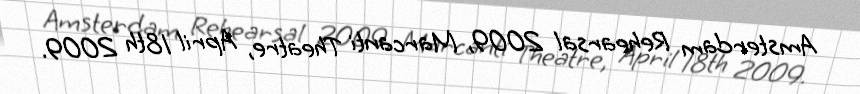
Amsterdam Rehearsal 2009, Marcanti Theatre, April 18th 2009.